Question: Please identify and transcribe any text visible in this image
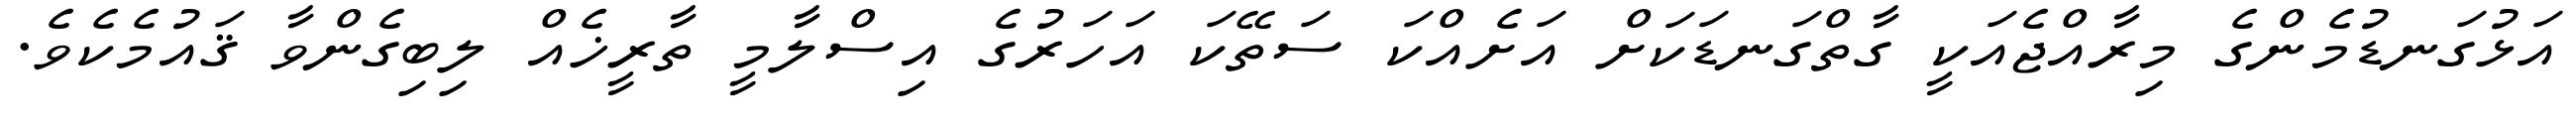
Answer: އަޅުގަނޑުމެންގެ މިރާއްޖެއަކީ ގާތްގަނޑަކަށް އަށެއްކަ ސަތޭކަ އަހަރުގެ އިސްލާމީ ތާރީޚެއް ލިބިގެންވާ ޤައުމެކެވެ.